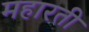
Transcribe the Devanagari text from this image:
महारती